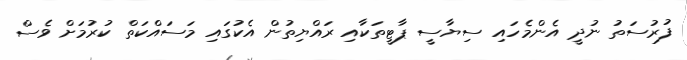
ފުރުސަތު ނުދީ އެންމެހައި ސިޔާސީ ޕާޓީތަކާއި ރައްޔިތުން އެކުގައި މަސައްކަތް ކުރުމަށް ވެސް